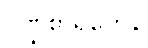
ပိဏ္ဍစာရိကေန